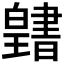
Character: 𤾭